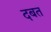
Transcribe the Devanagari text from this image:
दबत